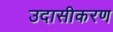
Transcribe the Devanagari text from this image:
उदासीकरण